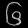
Digit: ၆